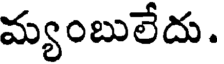
మ్యంబులేదు.